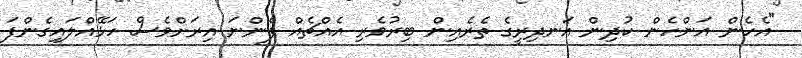
"އެހެން އަންހެން ކުދިން އަނދިރީގެ ތެރެއިން ބިރުވެރި އެއްޗެއް ފެންނަ އިރަށްވެސް ހަޅޭއްލައިގެންފަ